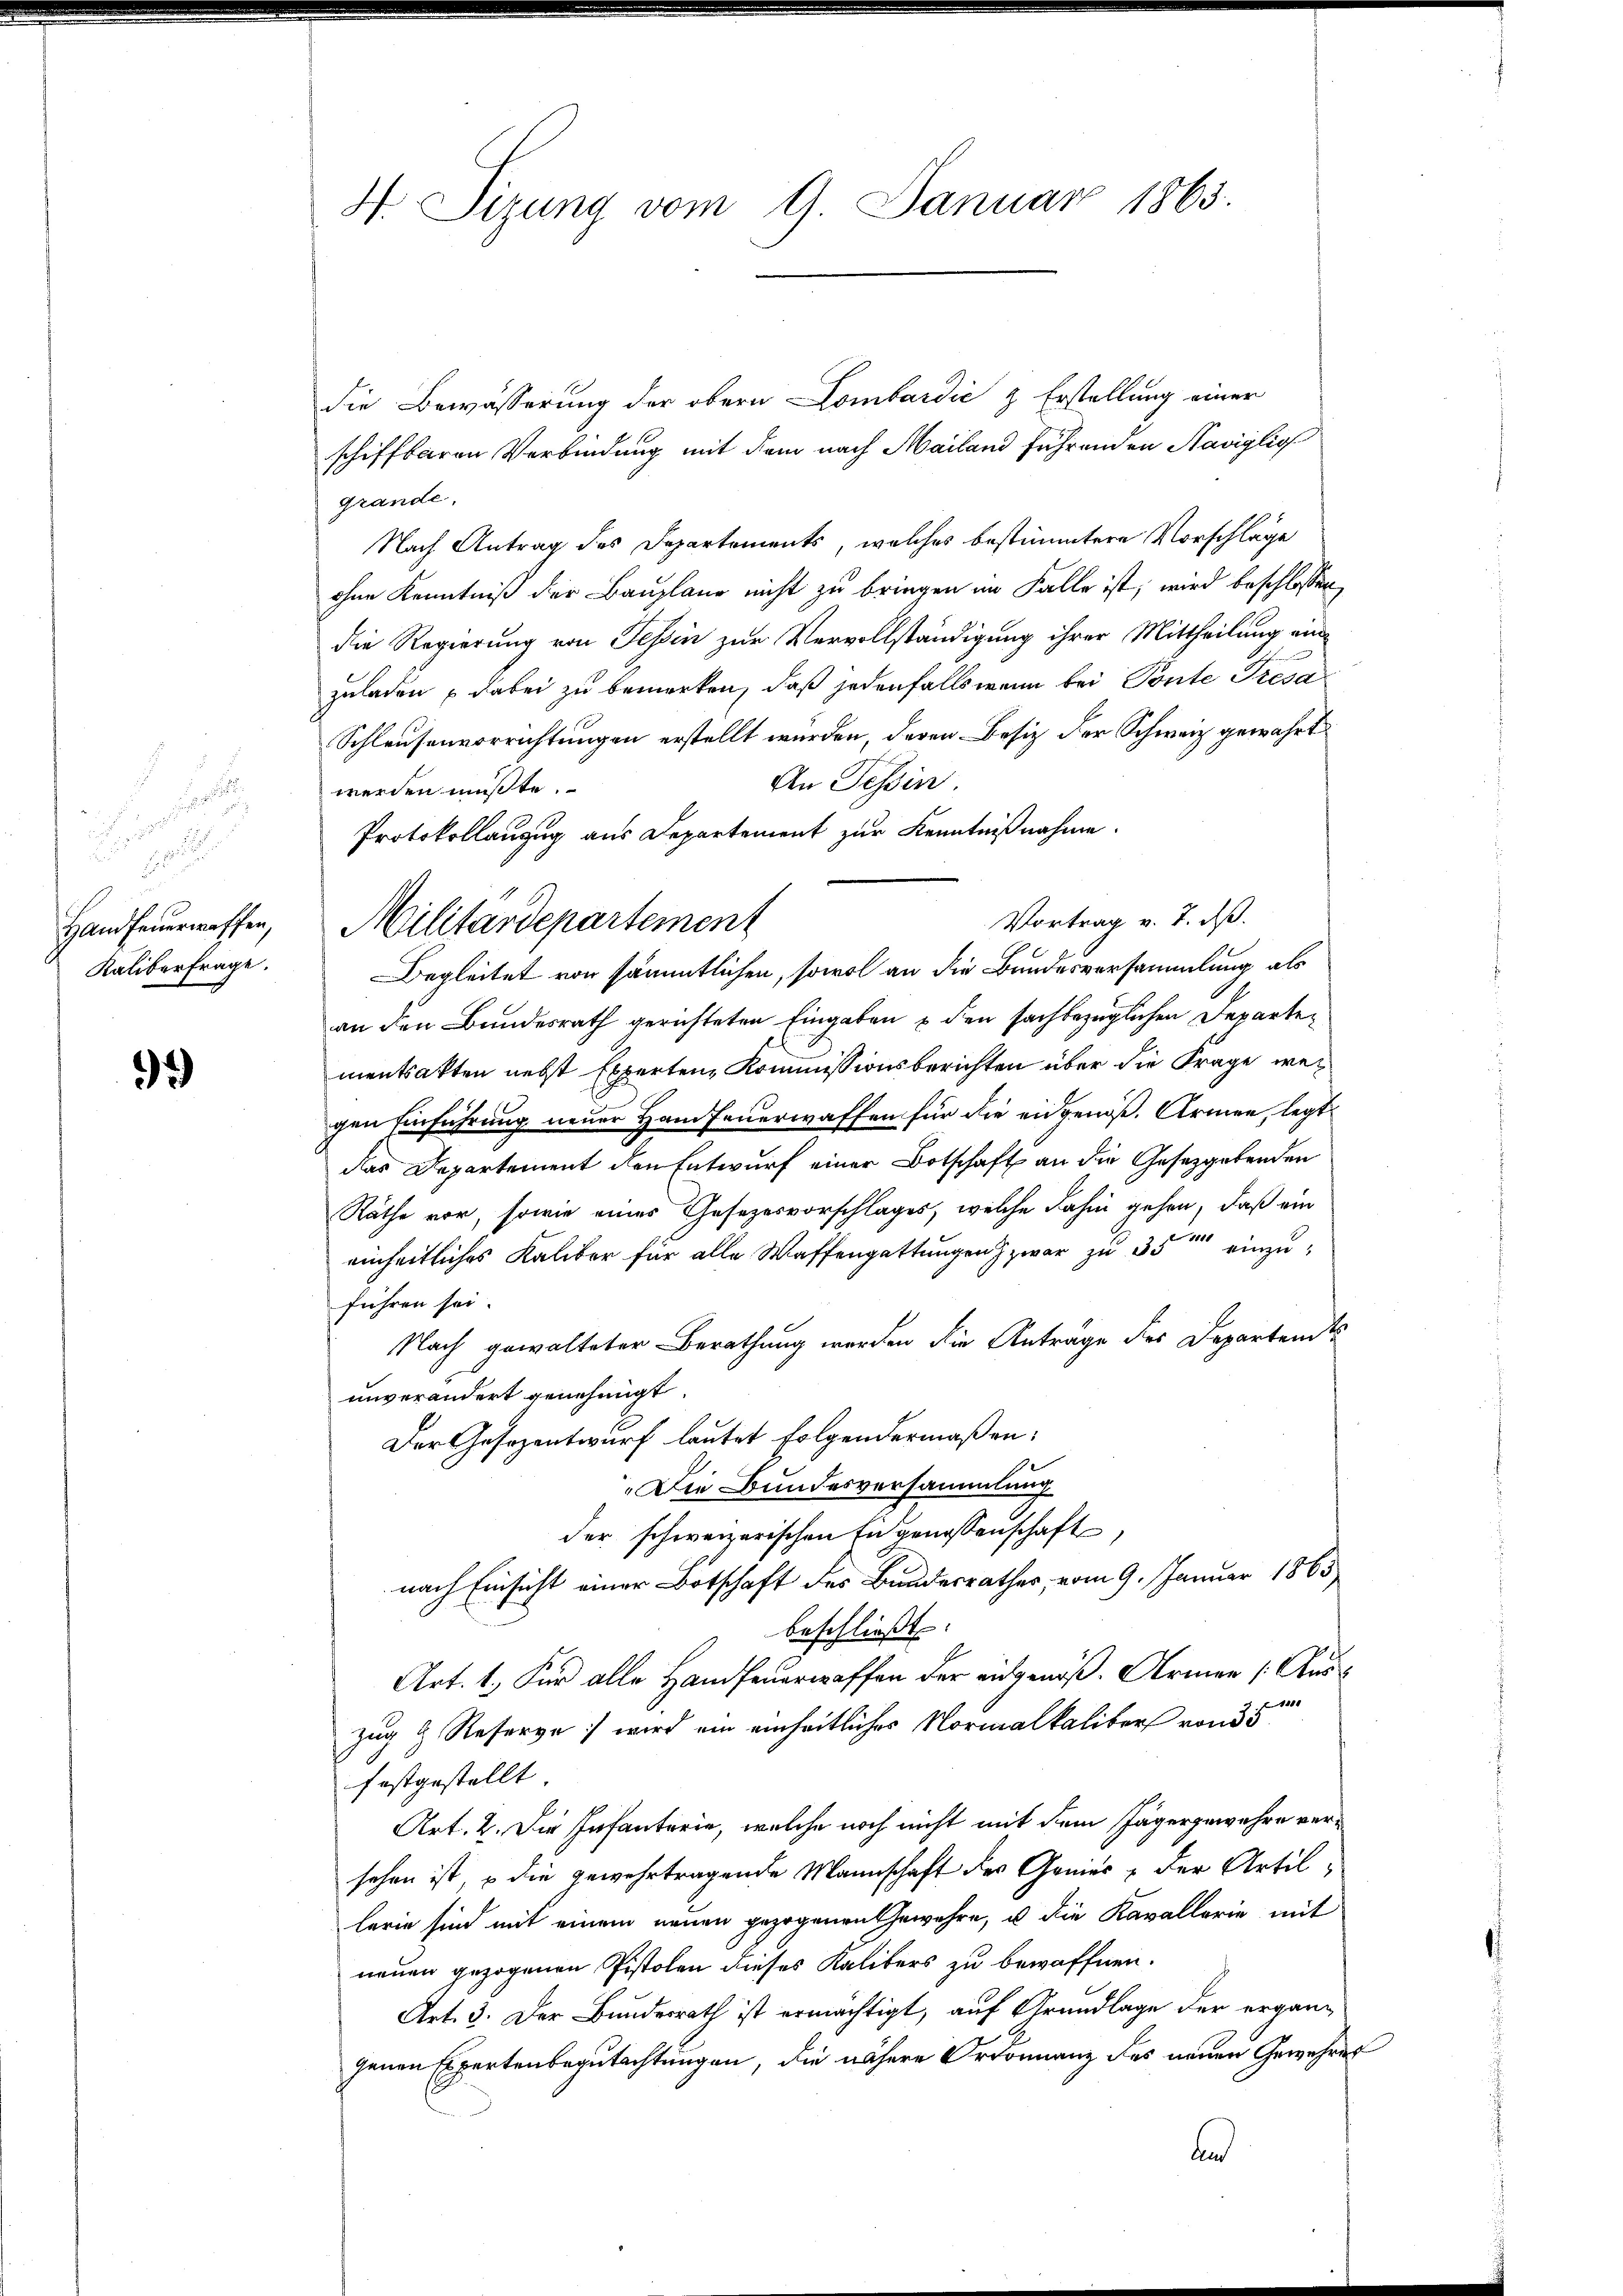
55

de
.
Handfeuerwaffen,
Kaliberfrage.

9)

H Sizung vom 9. Januar 1865.

die Bewässerung der obern Lombardić & Erstellung einer
schiffbaren Verbindung mit dem nach Mailand führenden Saviglio
grande.
Nach Antrag des Departements, welches bestimmtere Vorschläge
ohne Kenntniß der Bauplane nicht zu bringen im Falle ist, wird beschlossen,
die Regierung von Tessin zur Vervollständigung ihrer Mittheilung einzuladen dabei zu bemerken, daß jedenfalls wenn bei Ponte Presa
Schleusenvorrichtungen erstellt wurden, deren Besitz der Schweiz gewährt
An Tessin.
werden müßte.
Protokollanzug aus Departement zur Kenntnißnahme.
Vortrag v. 7. dß.
Militärdepartement
Begleitet von sämmtlichen, sowol an die Bundesversammlung als
an den Bundesrath gerichteten Eingaben u den sachbezüglichen Departementsakten nebst Experten, Kommissionsberichten über die Frage wegen Einführung neuer Hand feuerwaffen für die eidgenöß. Armen, legt
das Departement den Entwurf einer Botschaft an die Gesetzgebenden
Räthe vor, sowie eines Gesezesvorschlages, welche dahin gehen, daß ein
einheitliches Kaliber für alle Waffengattungen zwar zu 35 einzuführen sei.
Nach gewalteter Berathung werden die Antrage des Departendes
unverändert genehmigt.
Der Gesezentwurf lautet folgendermaßen:
Die Bundesversammlung
der schweizerischen Eidgenossenschaft,
nach Einsicht einer Botschaft des Bundesrathes, vom 9. Januar 1863
beschließt:
Art. 1. Für alle Handfeuerwaffen der entgenoß. Armen (Aus¬
1881
zug & Reserve wird ein einheitliches Normalkaliber von 35
festgestellt
Art. 2. Die Infanterie, welche noch nicht mit dem Jägergewehre versehen ist, o die gewehrtragende Mannschaft der Genies & der Artillerie sind mit einem neuen gezogenen Gewehre, u die Kavallerie mit
neuen gezogenen Pistolen dieses Kalibers zu bewaffnen.
Art. 3. Der Bundesrath ist ermächtigt, auf Grundlage der ergängenen Expertenbegutachtungen, die nähere Ordonnanz des neuen Gewehrer
und